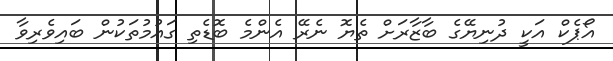
އޯޕެކް އަކީ ދުނިޔޭގެ ބާޒާރަށް ތެޔޮ ނެރޭ އެންމެ ބޮޑެތި ގައުމުތަކުން ބައިވެރިވާ